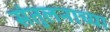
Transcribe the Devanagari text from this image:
संतुलनाच्या